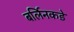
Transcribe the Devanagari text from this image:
बर्लिनकडे